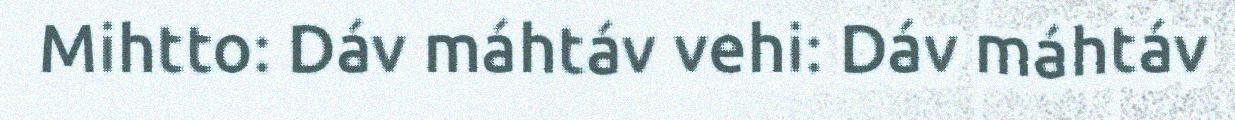
Mihtto: Dáv máhtáv vehi: Dáv máhtáv